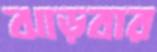
ঝাড়বার